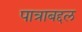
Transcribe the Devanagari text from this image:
पात्राबद्दल